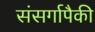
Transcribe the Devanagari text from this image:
संसर्गापैकी